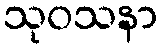
သုဝသနာ